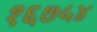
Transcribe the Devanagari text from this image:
१६७५४